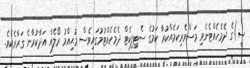
ސީ)ގެ ދެމެހެއްޓެނެވި މަސްވެރިކަމެއްކުރާ ކަމުގެ ސެޓިފިކެޓް ދެމެހެއްޓުމުގައިވެސް މުޙިއްމު ރޯލެއް އަދާކުރާނެ ގަރާރެކެވެ.